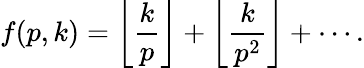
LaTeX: f(p,k)=\left\lfloor{\frac{k}{p}}\right\rfloor+\left\lfloor{\frac{k}{p^{2}}}\right\rfloor+\cdots.